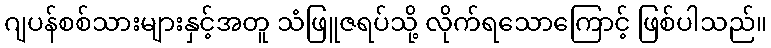
ဂျပန်စစ်သားများနှင့်အတူ သံဖြူဇရပ်သို့ လိုက်ရသောကြောင့် ဖြစ်ပါသည်။